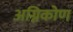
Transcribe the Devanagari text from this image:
अग्निकोण